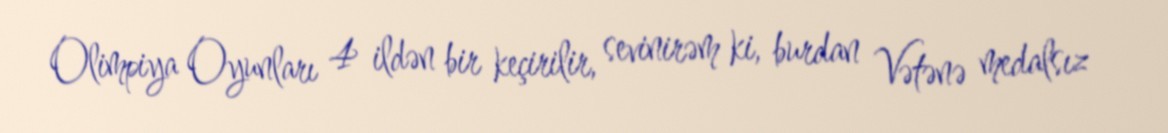
Olimpiya Oyunları 4 ildən bir keçirilir, sevinirəm ki, burdan Vətənə medalsız